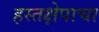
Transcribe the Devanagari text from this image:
हस्तक्षेपाचा